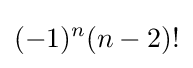
(-1)^{n}(n-2)!